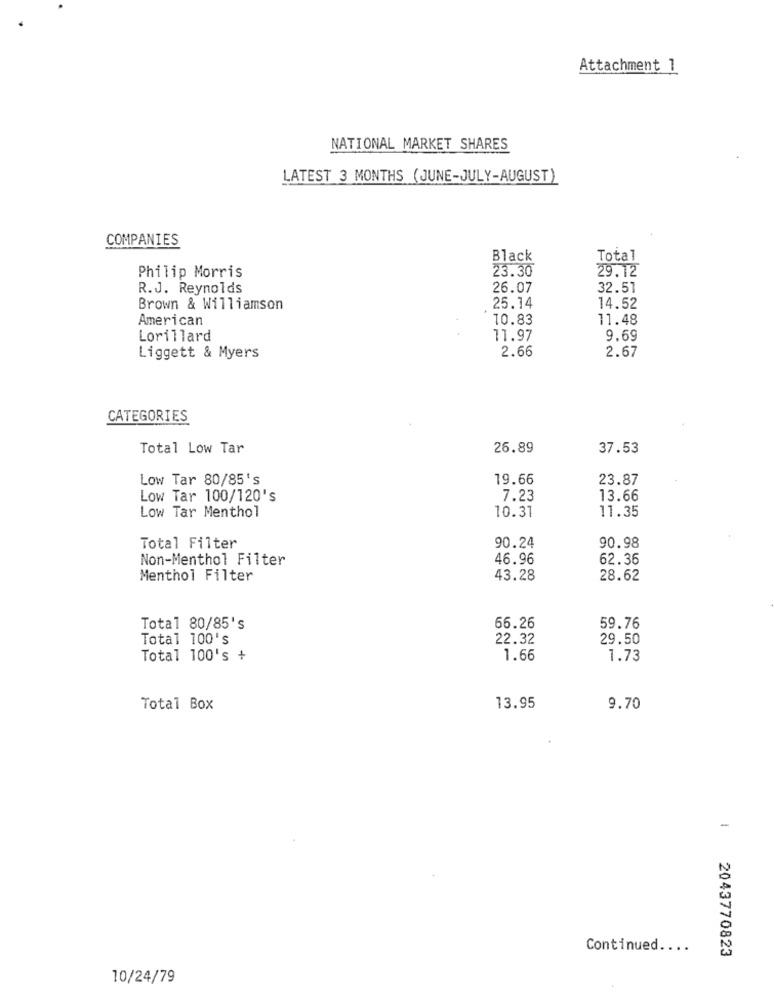
Attachment 1
NATIONAL MARKET SHARES
LATEST 3 MONTHS (JUNE-JULY-AUGUST)
COMPANIES
Black
Total
23.30
29.12
Philip Morris
R.J. Reynolds
26.07
32.51
Brown & Williamson
25.14
14.52
American
10.83
11.48
Lorillard
11.97
9.69
2.66
2.67
Liggett & Myers
CATEGORIES
Total Low Tar
26.89
37.53
Low Tar 80/85's
19.66
23.87
Low Tar 100/120's
7.23
13.66
10.31
11.35
Low Tar Menthol
90.24
90.98
Total Filter
Non-Menthol Filter
46.96
62.36
Menthol Filter
43.28
28.62
66.26
Total 80/85's
59.76
Total 100's
22.32
29.50
Total 100's +
1.66
1.73
Total Box
13.95
9.70
-
Continued ....
2043770823
10/24/79